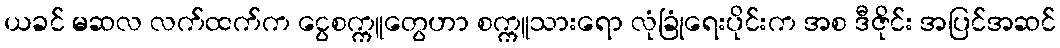
ယခင် မဆလ လက်ထက်က ငွေစက္ကူတွေဟာ စက္ကူသားရော လုံခြုံရေးပိုင်းက အစ ဒီဇိုင်း အပြင်အဆင်